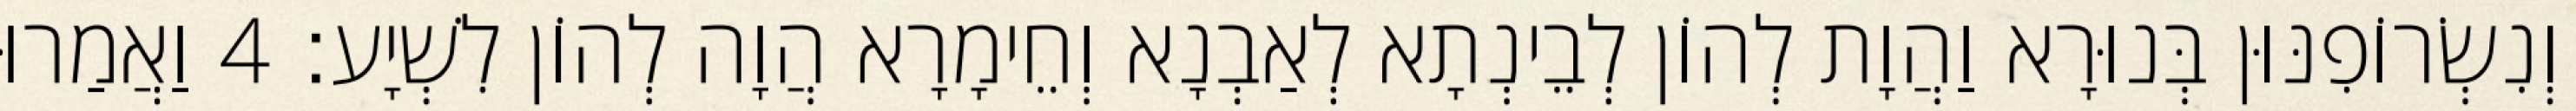
וְנִשְׂרוֹפִנּוּן בְּנוּרָא וַהֲוָת לְהוֹן לְבֵינְתָא לְאַבְנָא וְחֵימָרָא הֲוָה לְהוֹן לִשְׁיָע׃ 4 וַאֲמַרוּ